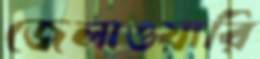
জেলাওয়ারি